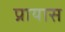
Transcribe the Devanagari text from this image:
प्रायास